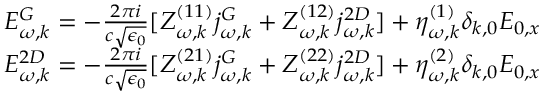
\begin{array} { r } { E _ { \omega , k } ^ { G } = - \frac { 2 \pi i } { c \sqrt { \epsilon _ { 0 } } } [ Z _ { \omega , k } ^ { ( 1 1 ) } j _ { \omega , k } ^ { G } + Z _ { \omega , k } ^ { ( 1 2 ) } j _ { \omega , k } ^ { 2 D } ] + \eta _ { \omega , k } ^ { ( 1 ) } \delta _ { k , 0 } E _ { 0 , x } } \\ { E _ { \omega , k } ^ { 2 D } = - \frac { 2 \pi i } { c \sqrt { \epsilon _ { 0 } } } [ Z _ { \omega , k } ^ { ( 2 1 ) } j _ { \omega , k } ^ { G } + Z _ { \omega , k } ^ { ( 2 2 ) } j _ { \omega , k } ^ { 2 D } ] + \eta _ { \omega , k } ^ { ( 2 ) } \delta _ { k , 0 } E _ { 0 , x } } \end{array}